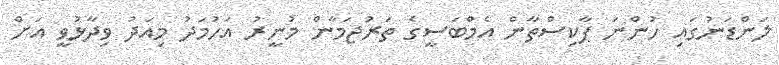
ލަންޑަނުގައި ހުންނަ ޕާކިސްތާން އެމްބަސީގެ ތަރުޖަމާން މުނީރު އަހުމަދު މިއަދު ވިދާޅުވީ އަށް